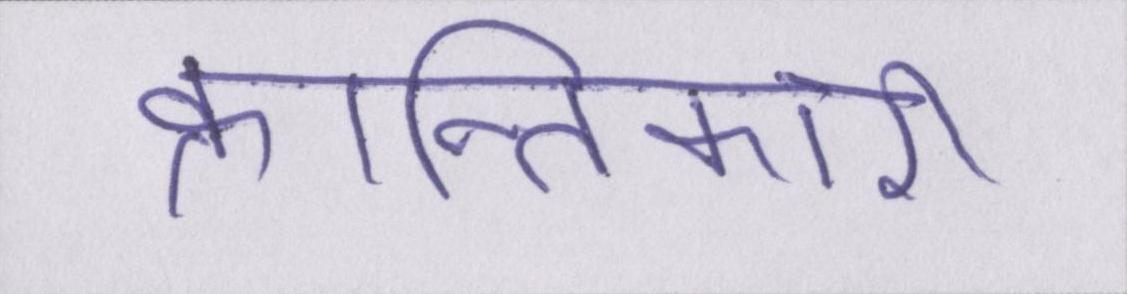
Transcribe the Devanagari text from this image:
क्रान्तिकारी